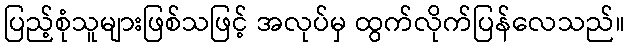
ပြည့်စုံသူများဖြစ်သဖြင့် အလုပ်မှ ထွက်လိုက်ပြန်လေသည်။